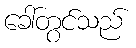
ခေါ်တွင်သည်